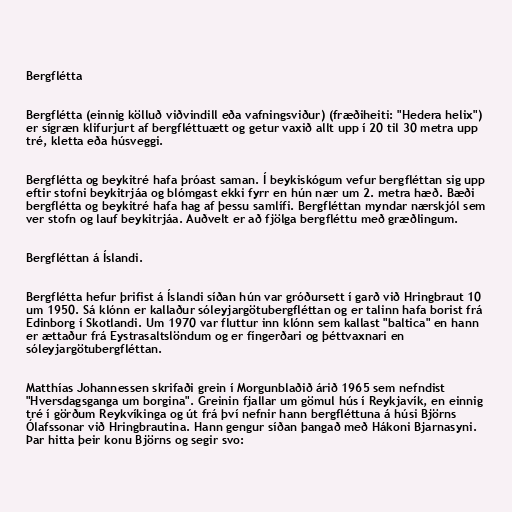
Bergflétta

Bergflétta (einnig kölluð viðvindill eða vafningsviður) (fræðiheiti: "Hedera helix")
er sígræn klifurjurt af bergfléttuætt og getur vaxið allt upp í 20 til 30 metra upp
tré, kletta eða húsveggi.

Bergflétta og beykitré hafa þróast saman. Í beykiskógum vefur bergfléttan sig upp
eftir stofni beykitrjáa og blómgast ekki fyrr en hún nær um 2. metra hæð. Bæði
bergflétta og beykitré hafa hag af þessu samlífi. Bergfléttan myndar nærskjól sem
ver stofn og lauf beykitrjáa. Auðvelt er að fjölga bergfléttu með græðlingum.

Bergfléttan á Íslandi.

Bergflétta hefur þrifist á Íslandi síðan hún var gróðursett í garð við Hringbraut 10
um 1950. Sá klónn er kallaður sóleyjargötubergfléttan og er talinn hafa borist frá
Edinborg í Skotlandi. Um 1970 var fluttur inn klónn sem kallast "baltica" en hann
er ættaður frá Eystrasaltslöndum og er fíngerðari og þéttvaxnari en
sóleyjargötubergfléttan.

Matthías Johannessen skrifaði grein í Morgunblaðið árið 1965 sem nefndist
"Hversdagsganga um borgina". Greinin fjallar um gömul hús í Reykjavík, en einnig
tré í görðum Reykvíkinga og út frá því nefnir hann bergfléttuna á húsi Björns
Ólafssonar við Hringbrautina. Hann gengur síðan þangað með Hákoni Bjarnasyni.
Þar hitta þeir konu Björns og segir svo: